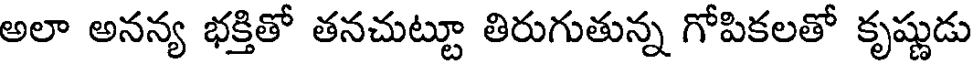
అలా అనన్య భక్తితో తనచుట్టూ తిరుగుతున్న గోపికలతో కృష్ణుడు